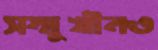
সম্মুখীনও